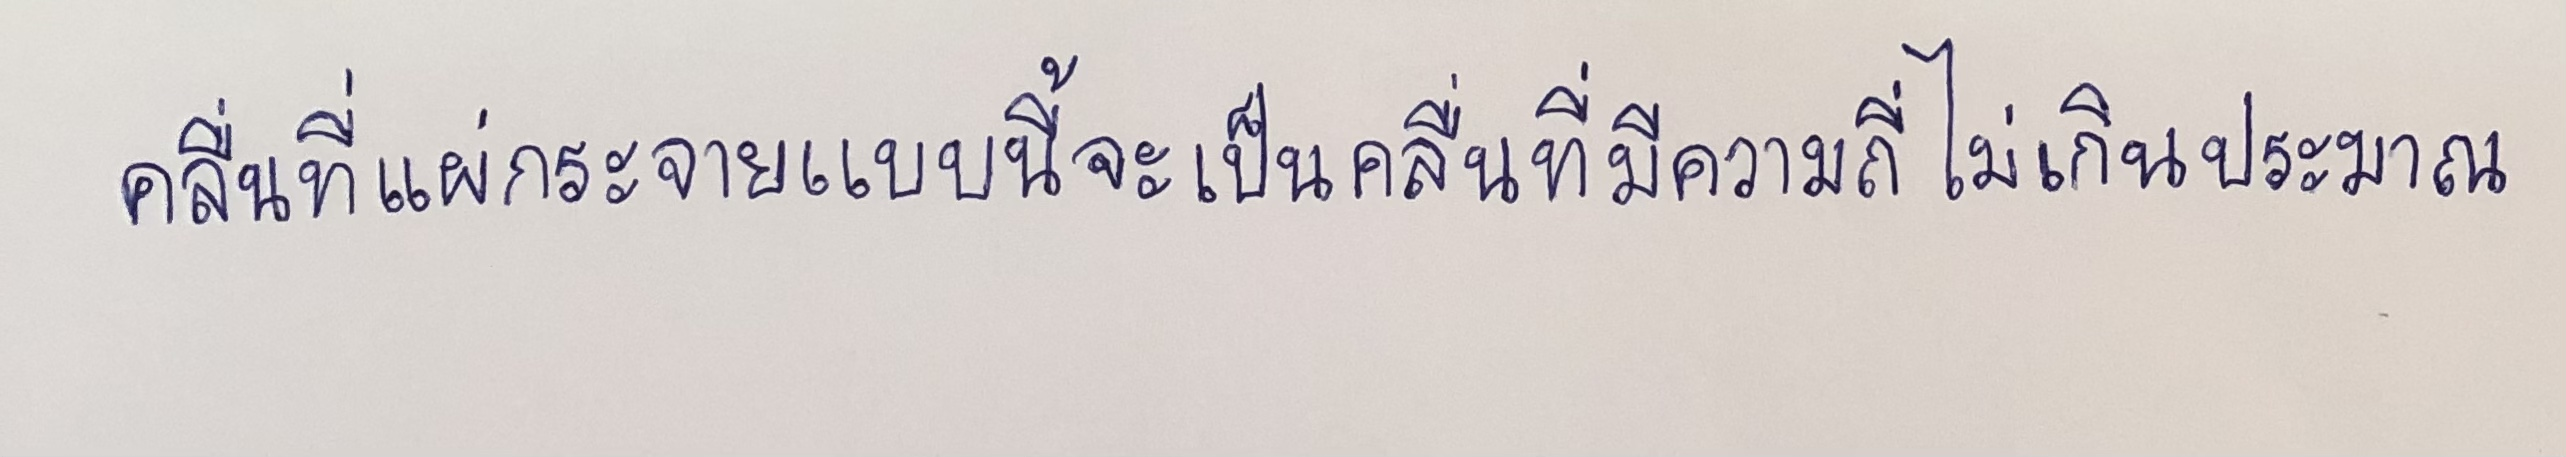
คลื่นที่แผ่กระจายแบบนี้จะเป็นคลื่นที่มีความถี่ไม่เกินประมาณ